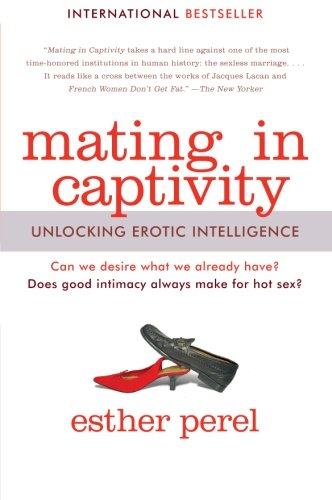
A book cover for Mating in Captivity: Unlocking Erotic Intelligence; Esther Perel; Self-Help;